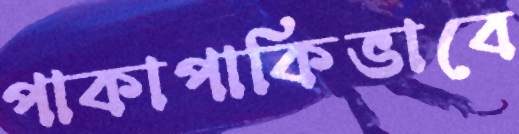
পাকাপাকিভাবে